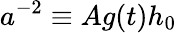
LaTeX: a^{-2}\equiv Ag(t)h_{0}